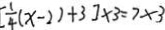
[ \frac { 1 } { 4 } ( x - 2 ) + 3 ] \times 3 = 7 \times 3